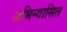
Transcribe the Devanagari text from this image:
अभिन्यासित